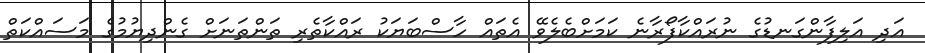
އަދި އަލިފާންގަނޑުގެ ނުރައްކާފޯރާނެ ކަމަށްބެލެވޭ އެތައް ހާސްބަޔަކު ރައްކާތެރި ތަންތަނަށް ގެންދިޔުމުގެ މަސައްކަތް